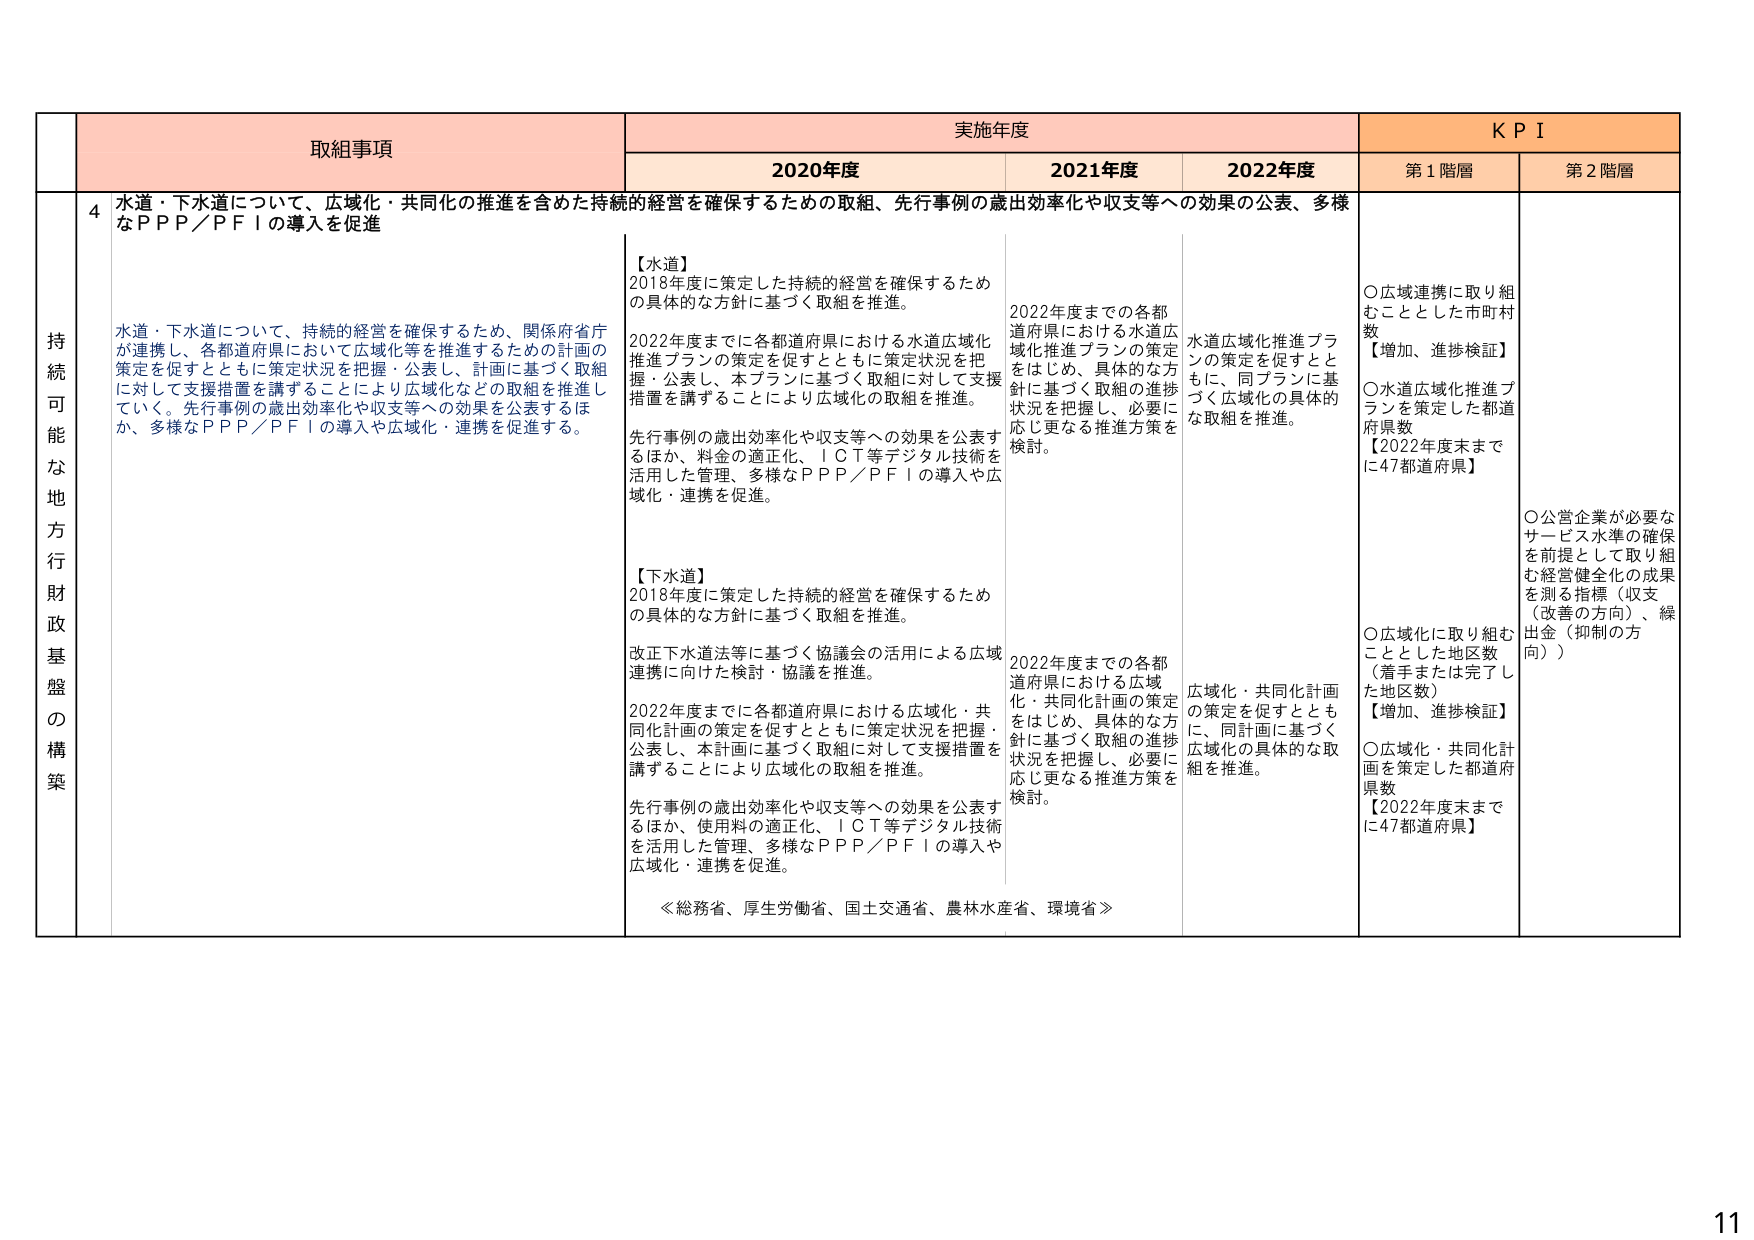
持続可能な地方財政基盤の構築

取組事項

実施年度

KPI

2020年度

2021年度

2022年度

第1階層

第2階層

4 水道・下水道について、広域化・共同化の推進を含めた持続的経営を確保するための取組、先行事例の歳出効率化や収支等への効果の公表、多様なPPP/PFIの導入を促進

水道・下水道について、持続的経営を確保するため、関係府省庁が連携し、各都道府県において広域化等を推進するための計画の策定を促すとともに策定状況を把握・公表し、計画に基づく取組に対して支援措置を講ずることにより広域化などの取組を推進していく。先行事例の歳出効率化や収支等への効果を公表するほか、多様なPPP/PFIの導入や広域化・連携を促進する。

【水道】
2018年度に策定した持続的経営を確保するための具体的な方針に基づく取組を推進。
2022年度までに各都道府県における水道広域化推進プランの策定を促すとともに策定状況を把握・公表し、本プランに基づく取組に対して支援措置を講ずることにより広域化の取組を推進。
先行事例の歳出効率化や収支等への効果を公表するほか、料金の適正化、ICT等デジタル技術を活用した管理、多様なPPP/PFIの導入や広域化・連携を促進。

【下水道】
2018年度に策定した持続的経営を確保するための具体的な方針に基づく取組を推進。
改正下水道法等に基づく協議会の活用による広域連携に向けた検討・協議を推進。
2022年度までに各都道府県における広域化・共同化計画の策定を促すとともに策定状況を把握・公表し、本計画に基づく取組に対して支援措置を講ずることにより広域化の取組を推進。
先行事例の歳出効率化や収支等への効果を公表するほか、使用料の適正化、ICT等デジタル技術を活用した管理、多様なPPP/PFIの導入や広域化・連携を促進。

≪総務省、厚生労働省、国土交通省、農林水産省、環境省≫

2022年度までの各都道府県における水道広域化推進プランの策定をはじめ、具体的な方針に基づく取組の進捗状況を把握し、必要に応じ更なる推進方策を検討。

2022年度までの各都道府県における広域化・共同化計画の策定をはじめ、具体的な方針に基づく取組の進捗状況を把握し、必要に応じ更なる推進方策を検討。

水道広域化推進プランの策定を促すとともに、同プランに基づく広域化の具体的な取組を推進。

広域化・共同化計画の策定を促すとともに、同計画に基づく広域化の具体的な取組を推進。

○広域連携に取り組むこととした市町村数
【増加、進捗検証】
○水道広域化推進プランを策定した都道府県数
【2022年度末までに47都道府県】

○広域化に取り組むこととした地区数（着手または完了した地区数）
【増加、進捗検証】
○広域化・共同化計画を策定した都道府県数
【2022年度末までに47都道府県】

○公営企業が必要なサービス水準の確保を前提として取り組む経営健全化の成果を測る指標（収支（改善の方向）、繰出金（抑制の方向））

11